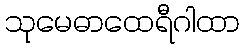
သုမေဓာထေရီဂါထာ